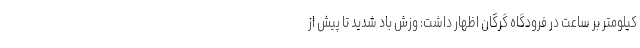
کیلومتر بر ساعت در فرودگاه گرگان اظهار داشت: وزش باد شدید تا پیش از